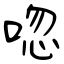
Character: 唿